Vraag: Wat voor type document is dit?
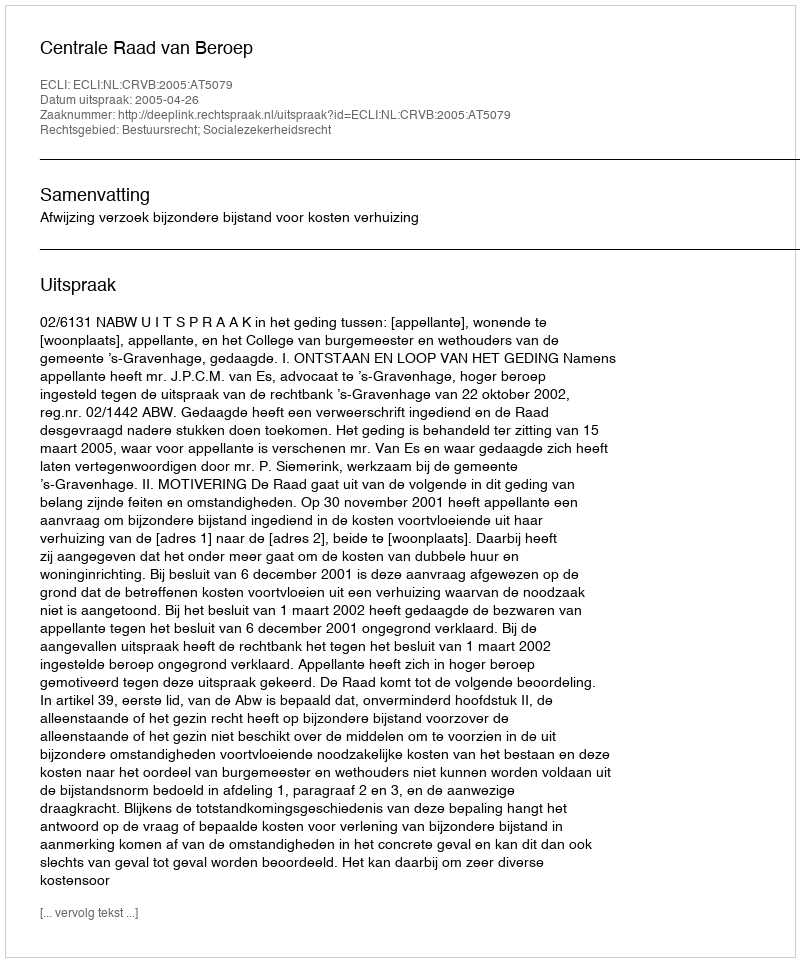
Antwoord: Uitspraak